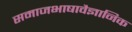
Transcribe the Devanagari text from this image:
समाजभाषावैज्ञानिक